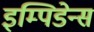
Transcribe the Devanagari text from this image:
इम्पिडेन्स